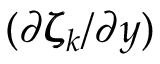
( \partial \pmb { \zeta } _ { k } / \partial y )